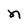
Character: n